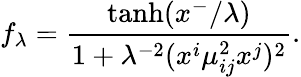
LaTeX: f_{\lambda}=\frac{\operatorname{tanh}(x^{-}/\lambda)}{1+\lambda^{-2}(x^{i}\mu_{ij}^{2}x^{j})^{2}}.